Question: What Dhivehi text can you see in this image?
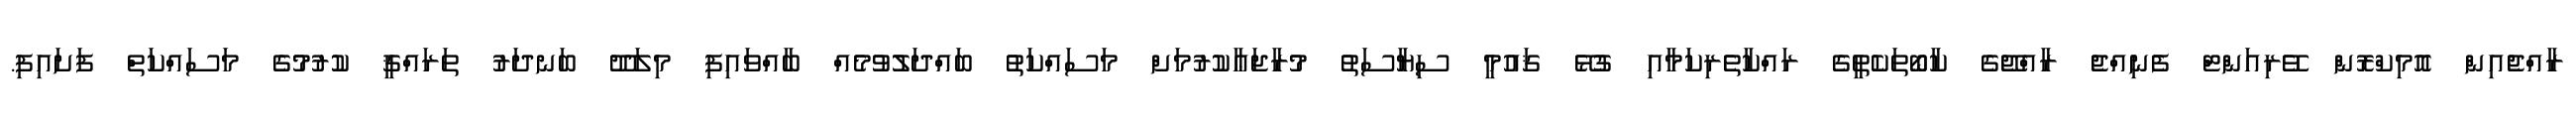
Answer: ރާއްޖެއިން އޮމިކްރޮން ވޭރިއަންޓް ފެނިއްޖެ ރާއްޖޭގެ ކާބޯތަކެތީގެ ރައްކާތެރިކަމާއި ގުޅޭ ޤައުމީ ސިޔާސަތު މުރާޖަޢާކުރުމަށް މަސައްކަތު ބައްދަލުވުމެއް ބާއްވައިފި މިލަދޫ ބަނދަރު ތަރައްޤީ ކުރުމުގެ މަސައްކަތް ފަށައިފި.